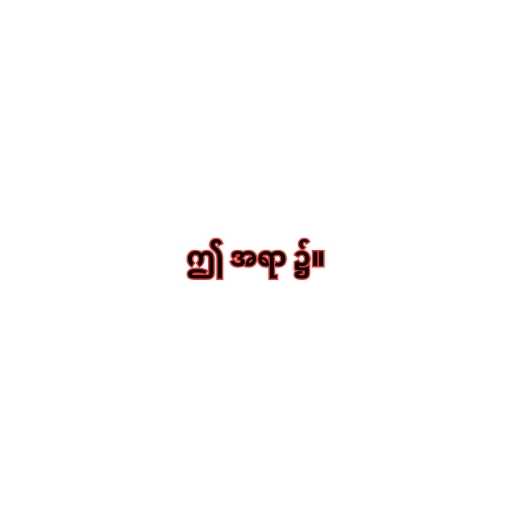
ဤ အရာ ၌။